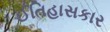
ઈતિહાસકાર